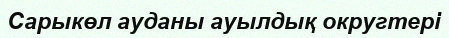
Сарыкөл ауданы ауылдық округтері